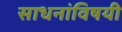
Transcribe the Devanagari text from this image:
साधनांविषयी